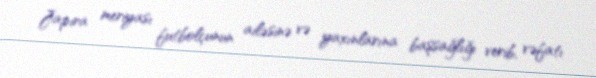
Japira meriyası futbolçunun ailəsinə və yaxınlarına başsağlığı verib, vəfatı